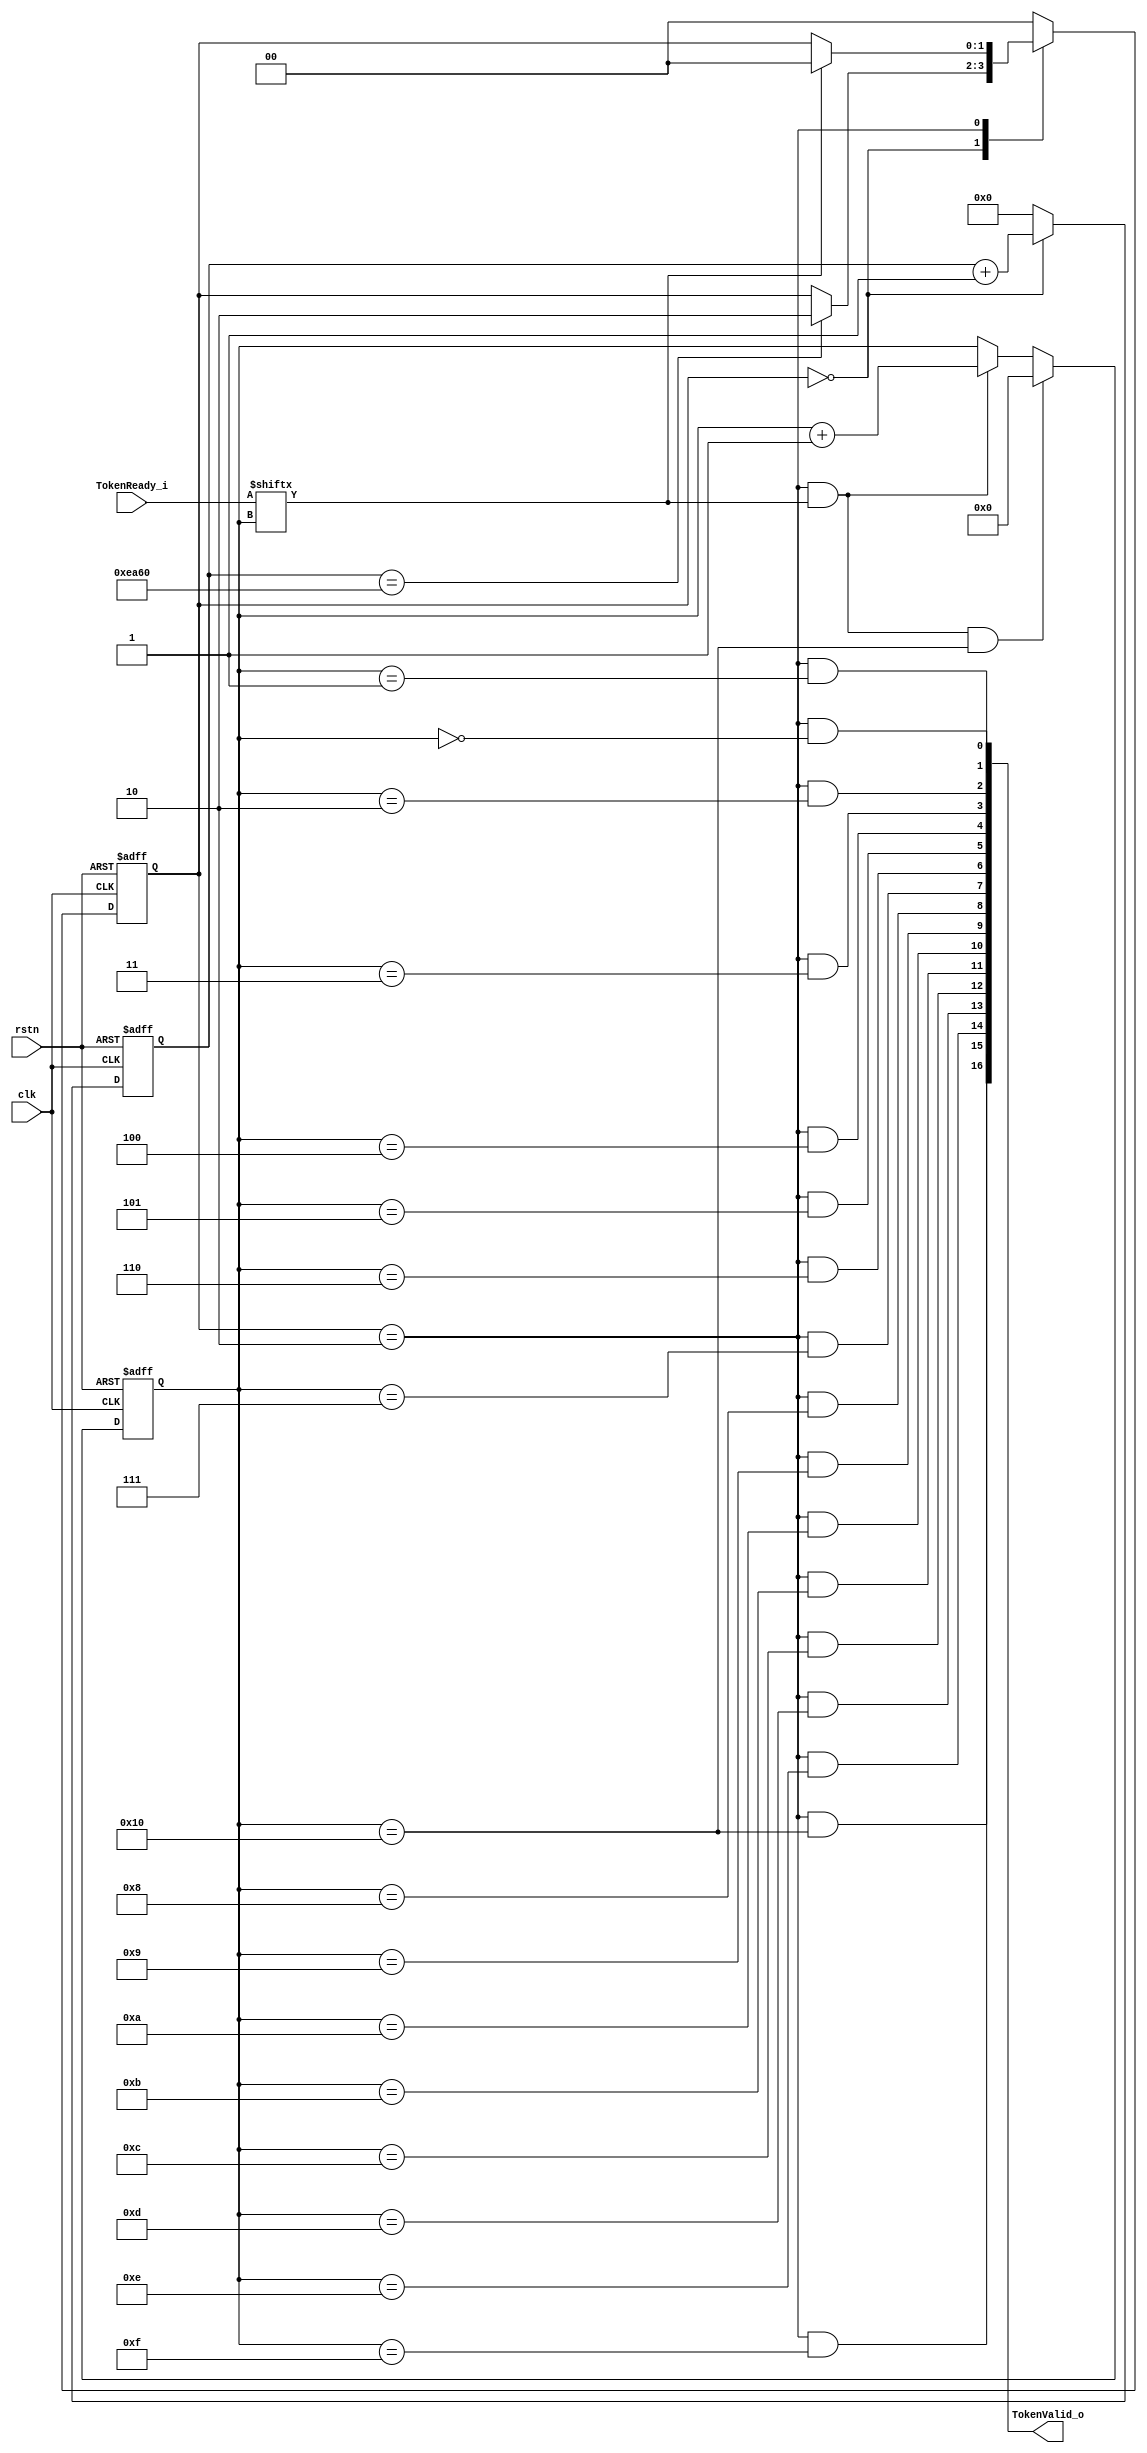
module  AutoBoot (
    input   wire                clk,
    input   wire                rstn,

    input   wire    [16:0]      TokenReady_i,
    output  wire    [16:0]      TokenValid_o


);
localparam  IDLE = 2'b00;
localparam  LOGI = 2'b10;

reg [1:0]   StateCr = IDLE;
reg [1:0]   StateNxt;

always@(posedge clk or negedge rstn) begin
    if(~rstn)
        StateCr <=  IDLE;
    else
        StateCr <=  StateNxt; 
end

reg [32:0]  Slack   =   33'b0;

always@(posedge clk or negedge rstn) begin
    if(~rstn)
        Slack   <=  33'b0;
    else if(StateCr ==  IDLE)
        Slack   <=  Slack + 33'b1;
    else
        Slack   <=  33'b0;
end

wire    SlackDone;

assign  SlackDone   =   Slack   ==  33'd60_000;//33'd60_000_000_000
wire            ReadySel;
reg     [4:0]   LogicSel    =   5'h0;

always@(posedge clk or negedge rstn) begin
    if(~rstn)
        LogicSel    <=  5'h0;
    else if((StateCr ==  LOGI) & ReadySel & (LogicSel == 5'h10))
        LogicSel    <=  5'h0;
    else if((StateCr ==  LOGI) & ReadySel)
        LogicSel    <=  LogicSel + 5'h1; 
end

assign  ReadySel    =   TokenReady_i[LogicSel];

always@(*) begin
    case(StateCr)
        IDLE : 
            if(SlackDone)
                StateNxt    =   LOGI;
            else
                StateNxt    =   StateCr;
        LOGI : 
            if(ReadySel)
                StateNxt    =   IDLE;
            else
                StateNxt    =   StateCr;
        default : 
            StateNxt        =   IDLE;
    endcase
end

genvar i;
generate
    for(i = 0;i < 17;i = i + 1) begin : TokenDec
        assign  TokenValid_o[i] =   (StateCr == LOGI) & (LogicSel == i);
    end
endgenerate
//
//assign  TokenXValid_o   =   (StateCr == IDLE) & SlackDone;

endmodule